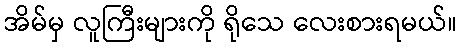
အိမ်မှ လူကြီးများကို ရိုသေ လေးစားရမယ်။